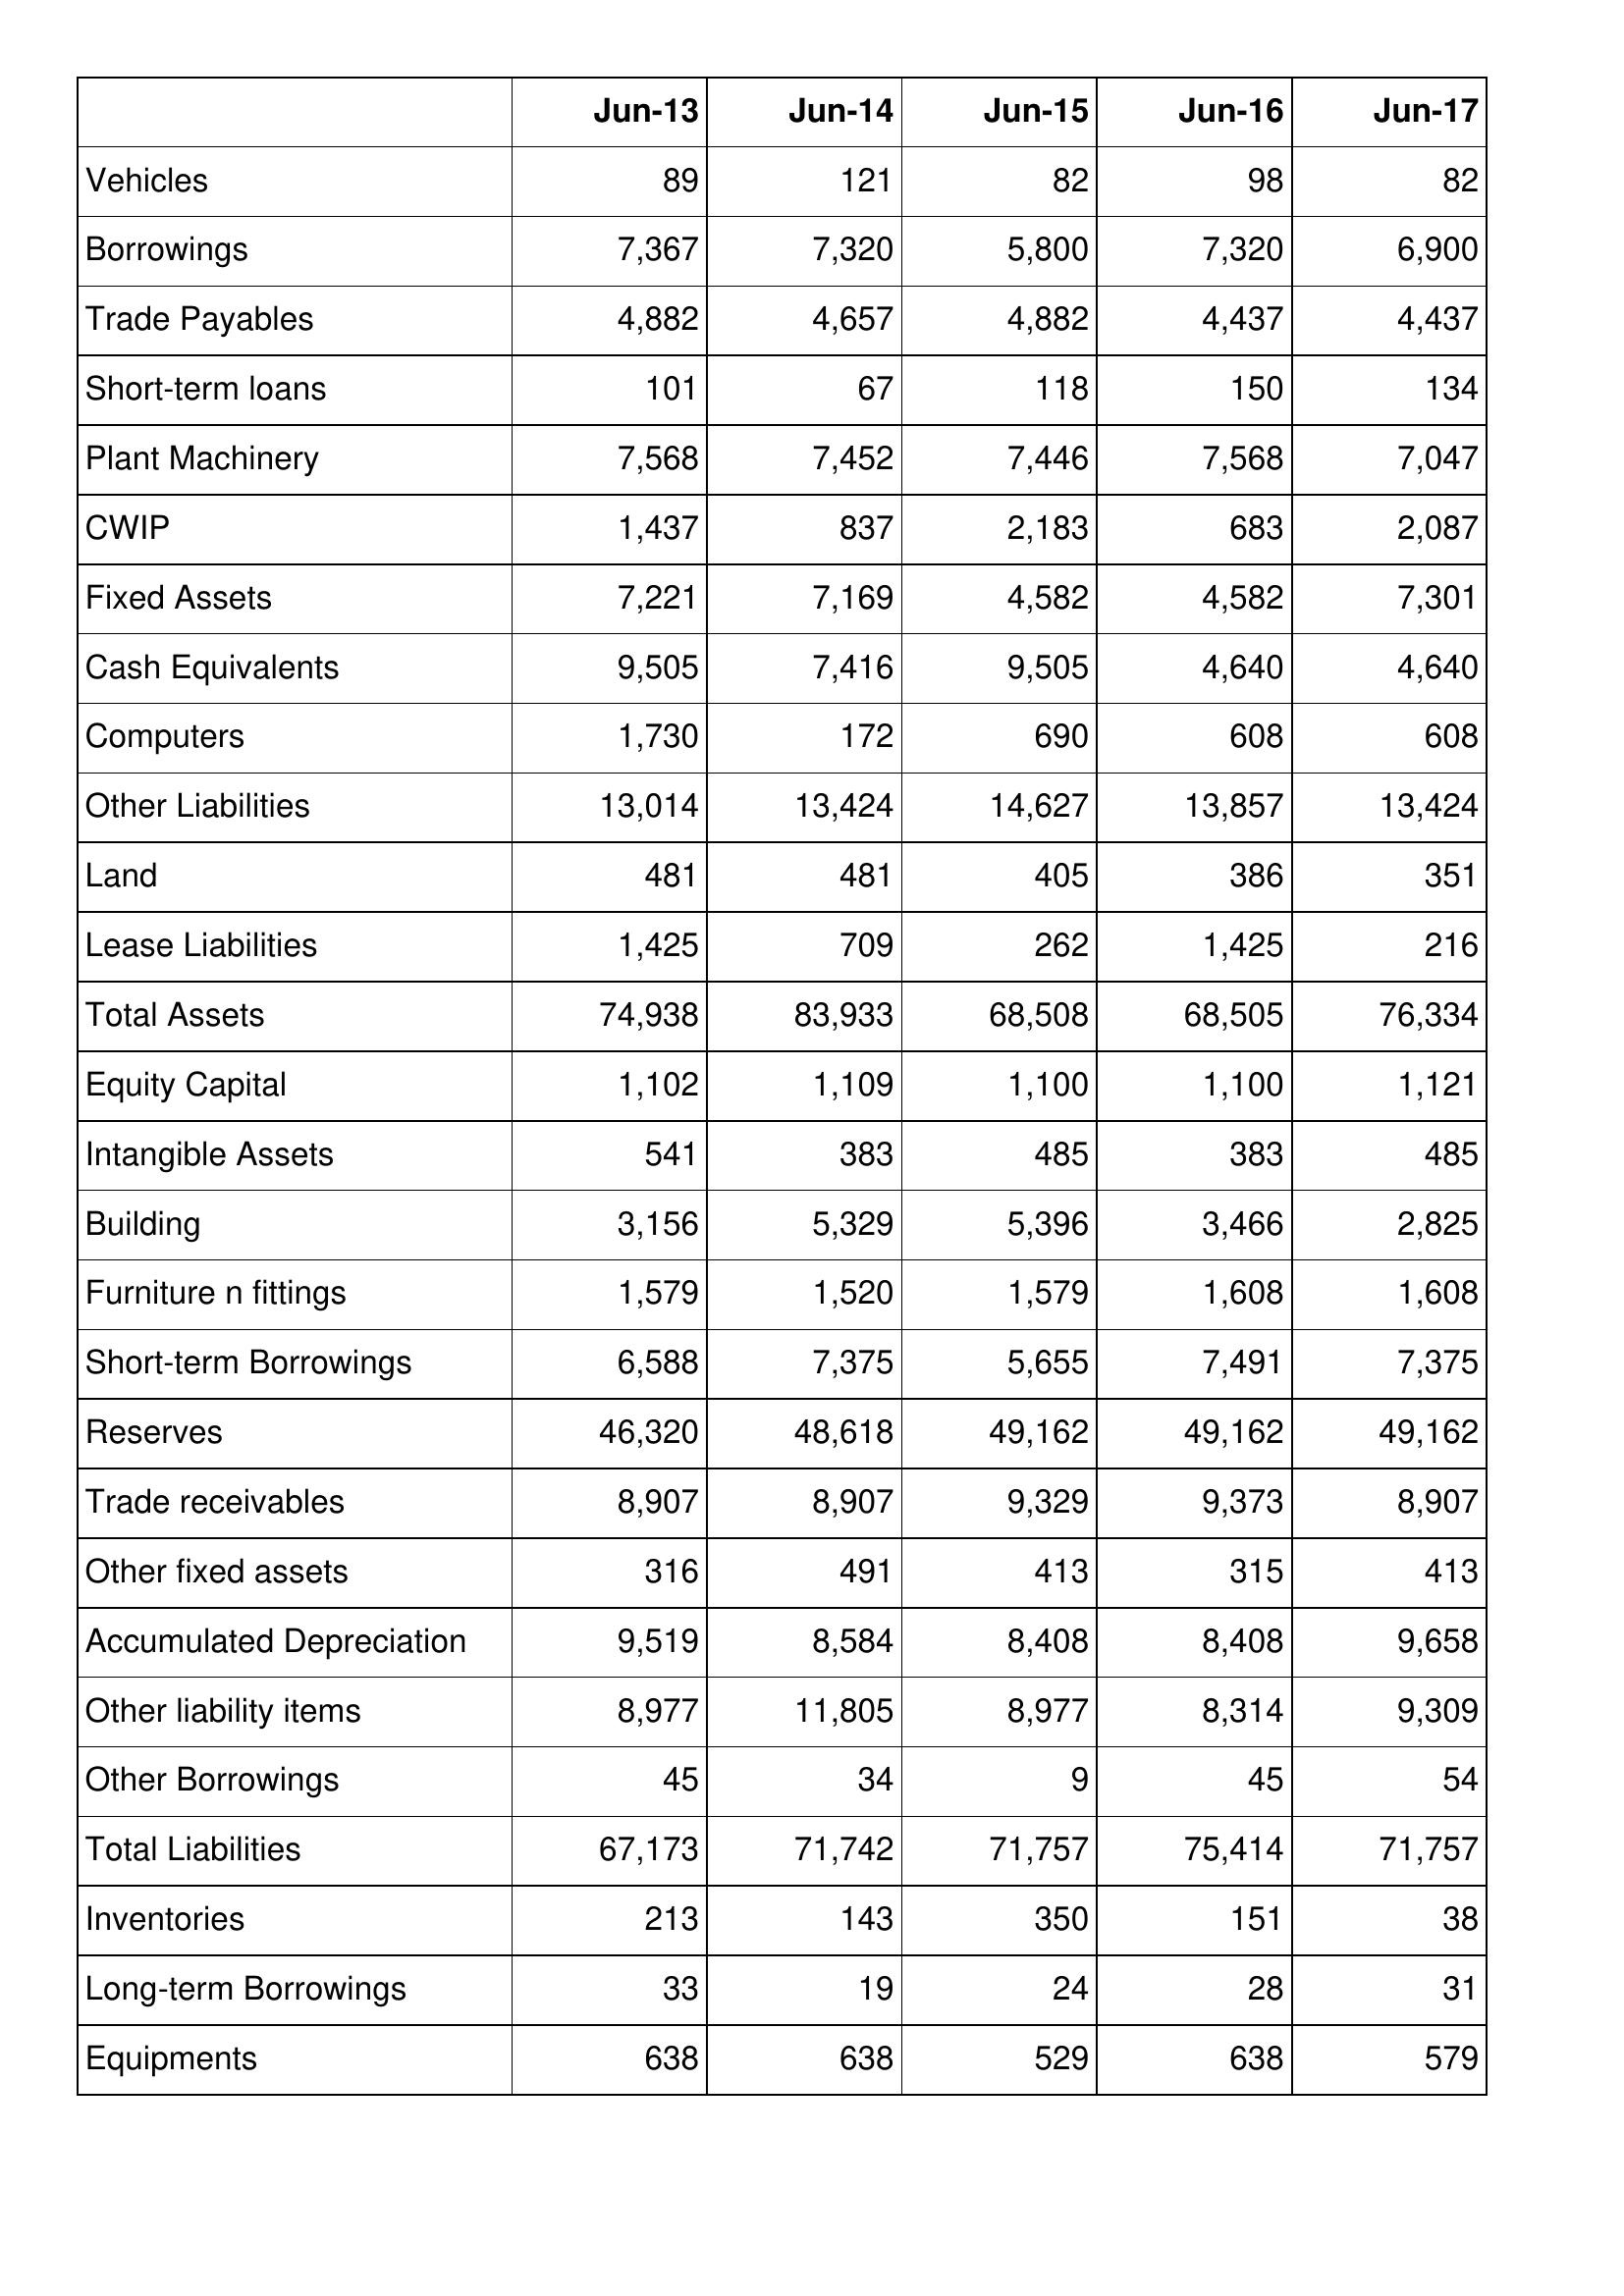
Jun-13: Balance Sheet: Vehicles: 89
Borrowings: 7,367
Trade Payables: 4,882
Short-term loans: 101
Plant Machinery: 7,568
CWIP: 1,437
Fixed Assets: 7,221
Cash Equivalents: 9,505
Computers: 1,730
Other Liabilities: 13,014
Land: 481
Lease Liabilities: 1,425
Total Assets: 74,938
Equity Capital: 1,102
Intangible Assets: 541
Building: 3,156
Furniture n fittings: 1,579
Short-term Borrowings: 6,588
Reserves: 46,320
Trade receivables: 8,907
Other fixed assets: 316
Accumulated Depreciation: 9,519
Other liability items: 8,977
Other Borrowings: 45
Total Liabilities: 67,173
Inventories: 213
Long-term Borrowings: 33
Equipments: 638
Jun-14: Balance Sheet: Vehicles: 121
Borrowings: 7,320
Trade Payables: 4,657
Short-term loans: 67
Plant Machinery: 7,452
CWIP: 837
Fixed Assets: 7,169
Cash Equivalents: 7,416
Computers: 172
Other Liabilities: 13,424
Land: 481
Lease Liabilities: 709
Total Assets: 83,933
Equity Capital: 1,109
Intangible Assets: 383
Building: 5,329
Furniture n fittings: 1,520
Short-term Borrowings: 7,375
Reserves: 48,618
Trade receivables: 8,907
Other fixed assets: 491
Accumulated Depreciation: 8,584
Other liability items: 11,805
Other Borrowings: 34
Total Liabilities: 71,742
Inventories: 143
Long-term Borrowings: 19
Equipments: 638
Jun-15: Balance Sheet: Vehicles: 82
Borrowings: 5,800
Trade Payables: 4,882
Short-term loans: 118
Plant Machinery: 7,446
CWIP: 2,183
Fixed Assets: 4,582
Cash Equivalents: 9,505
Computers: 690
Other Liabilities: 14,627
Land: 405
Lease Liabilities: 262
Total Assets: 68,508
Equity Capital: 1,100
Intangible Assets: 485
Building: 5,396
Furniture n fittings: 1,579
Short-term Borrowings: 5,655
Reserves: 49,162
Trade receivables: 9,329
Other fixed assets: 413
Accumulated Depreciation: 8,408
Other liability items: 8,977
Other Borrowings: 9
Total Liabilities: 71,757
Inventories: 350
Long-term Borrowings: 24
Equipments: 529
Jun-16: Balance Sheet: Vehicles: 98
Borrowings: 7,320
Trade Payables: 4,437
Short-term loans: 150
Plant Machinery: 7,568
CWIP: 683
Fixed Assets: 4,582
Cash Equivalents: 4,640
Computers: 608
Other Liabilities: 13,857
Land: 386
Lease Liabilities: 1,425
Total Assets: 68,505
Equity Capital: 1,100
Intangible Assets: 383
Building: 3,466
Furniture n fittings: 1,608
Short-term Borrowings: 7,491
Reserves: 49,162
Trade receivables: 9,373
Other fixed assets: 315
Accumulated Depreciation: 8,408
Other liability items: 8,314
Other Borrowings: 45
Total Liabilities: 75,414
Inventories: 151
Long-term Borrowings: 28
Equipments: 638
Jun-17: Balance Sheet: Vehicles: 82
Borrowings: 6,900
Trade Payables: 4,437
Short-term loans: 134
Plant Machinery: 7,047
CWIP: 2,087
Fixed Assets: 7,301
Cash Equivalents: 4,640
Computers: 608
Other Liabilities: 13,424
Land: 351
Lease Liabilities: 216
Total Assets: 76,334
Equity Capital: 1,121
Intangible Assets: 485
Building: 2,825
Furniture n fittings: 1,608
Short-term Borrowings: 7,375
Reserves: 49,162
Trade receivables: 8,907
Other fixed assets: 413
Accumulated Depreciation: 9,658
Other liability items: 9,309
Other Borrowings: 54
Total Liabilities: 71,757
Inventories: 38
Long-term Borrowings: 31
Equipments: 579